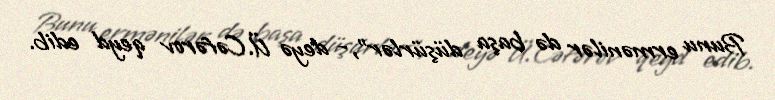
Bunu ermənilər də başa düşürlər”,- deyə Ü.Cəfərov qeyd edib.